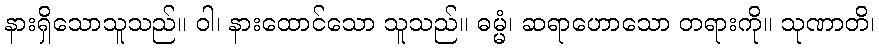
နားရှိသောသူသည်။ ဝါ၊ နားထောင်သော သူသည်။ ဓမ္မံ၊ ဆရာဟောသော တရားကို။ သုဏာတိ၊